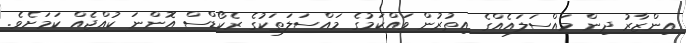
އިންޒާރު ދިން މައްސަލައެއްގެ އިތުރުން ވައްކަމުގެ މައްސަލަތަކުގެ ރެކޯޑްސް އޮންނަ ކުއްޖެއް ކަމަށެވެ.